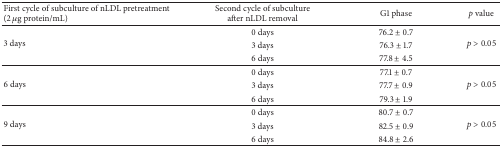
<table><thead><tr><td><b>First cycle of subculture of nLDL pretreatment (2 <i>μ</i>g protein/mL)</b></td><td><b>Second cycle of subcultureafter nLDL removal</b></td><td><b>G1 phase</b></td><td><b><i>p</i> value</b></td></tr></thead><tbody><tr><td rowspan="3">3 days</td><td>0 days</td><td>76.2 ± 0.7</td><td rowspan="3"><i>p</i> &gt; 0.05</td></tr><tr><td>3 days</td><td>76.3 ± 1.7</td></tr><tr><td>6 days</td><td>77.8 ± 4.5</td></tr><tr><td rowspan="3">6 days</td><td>0 days</td><td>77.1 ± 0.7</td><td rowspan="3"><i>p</i> &gt; 0.05</td></tr><tr><td>3 days</td><td>77.7 ± 0.9</td></tr><tr><td>6 days</td><td>79.3 ± 1.9</td></tr><tr><td rowspan="3">9 days</td><td>0 days</td><td>80.7 ± 0.7</td><td rowspan="3"><i>p</i> &gt; 0.05</td></tr><tr><td>3 days</td><td>82.5 ± 0.9</td></tr><tr><td>6 days</td><td>84.8 ± 2.6</td></tr></tbody></table>